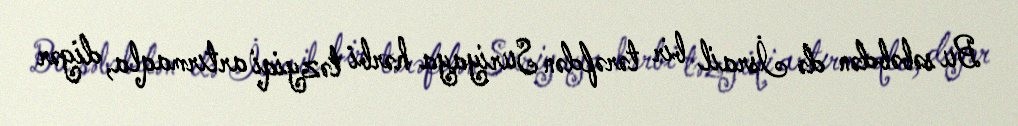
Bu səbəbdən də İsrail bir tərəfdən Suriyaya hərbi təzyiqi artırmaqla, digər